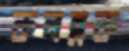
কলব্লক